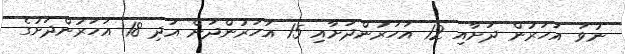
ނުވަ އަހަރުން ދަށާއި 12 އަހަރުންދަށާއި 15 އަހަރުންދަށް އަދި 18 އަހަރުންދަށުގެ